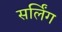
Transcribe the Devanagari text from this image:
सर्लिंग